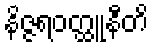
နိဇ္ဇရဝတ္ထူနီတိ